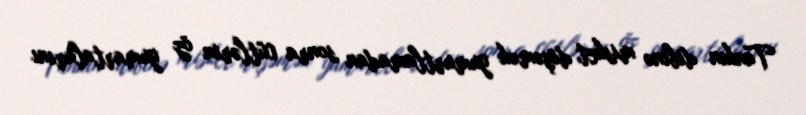
Tankın dibinə misket döşəmək yumurtlamadan sonra cütlərin öz yumartalarını